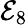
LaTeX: \mathcal{E}_{8}